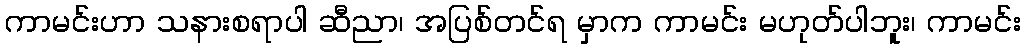
ကာမင်းဟာ သနားစရာပါ ဆီညာ၊ အပြစ်တင်ရ မှာက ကာမင်း မဟုတ်ပါဘူး၊ ကာမင်း